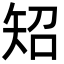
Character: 䂏